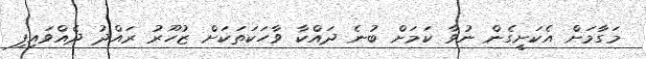
މަގާމަށް އެކަށީގެން ނުވާ ކަމަށް ބުނެ ދައްކާ ވާހަކަތަކަށް ޒުހޫރު ރައްދު ދެއްވައިފި